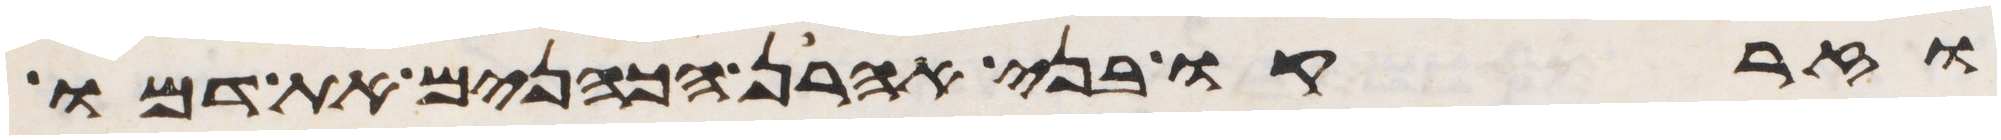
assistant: וזרקו בני אהרן הכהנים את דמו